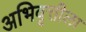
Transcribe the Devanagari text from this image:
अभिवृत्तीला